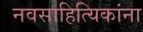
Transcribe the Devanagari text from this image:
नवसाहित्यिकांना